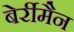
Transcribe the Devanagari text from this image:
बेर्रीमैन